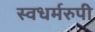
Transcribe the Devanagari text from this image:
स्वधर्मरुपी